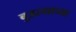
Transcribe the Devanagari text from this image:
बुडल्याच्या